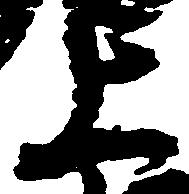
上